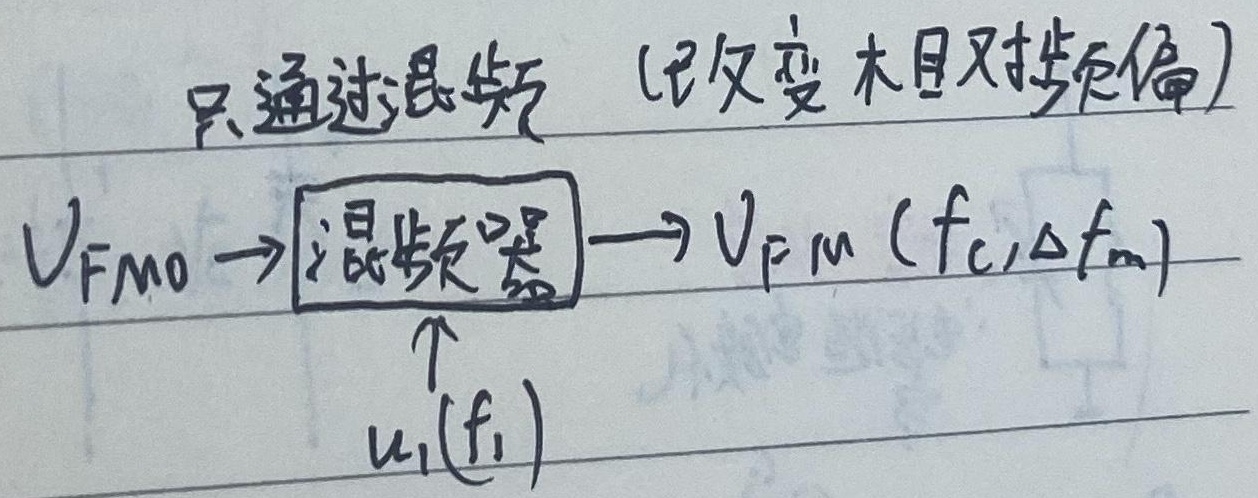
只通过混频（已改变且相对移频偏）\(V_{FM0} \to \boxed{\text{混频器}} \to V_{FM}(f_c,\Delta f_m)\)
\(\uparrow\)
\(u_1(f_1)\)